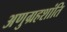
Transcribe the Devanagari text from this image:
अणुग्रहशांति